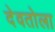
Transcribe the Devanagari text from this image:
देवतोला